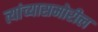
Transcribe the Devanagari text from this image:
त्यांच्यासमोरील